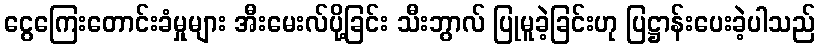
ငွေကြေးတောင်းခံမှုများ အီးမေးလ်ပို့ခြင်း သီးဘွာလ် ပြုမူခဲ့ခြင်းဟု ပြဋ္ဌာန်းပေးခဲ့ပါသည်